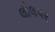
લીલપર